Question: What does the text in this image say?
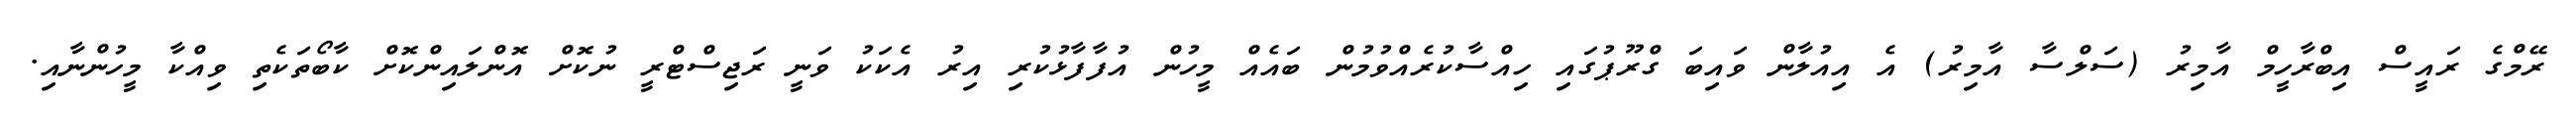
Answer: ރޭމްގެ ރައީސް އިބްރާހީމް އާމިރު (ސަލްސާ އާމިރު) އެ އިއުލާން ވައިބަ ގްރޫޕުގައި ހިއްސާކުރެއްވުމުން ބައެއް މީހުން އުފާފާޅުކުރި އިރު އެކަކު ވަނީ ރަޖިސްޓްރީ ނުކޮށް އޮންލައިންކޮށް ކާބޯތަކެތި ވިއްކާ މީހުންނާއި.